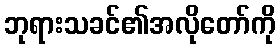
ဘုရားသခင်၏အလိုတော်ကို